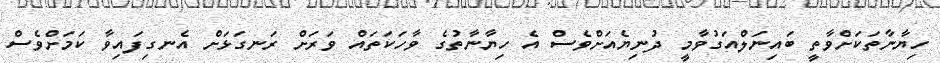
ހިޔާނާތަކަށްވާތީ ބައިނަލްއަގުވާމީ ދުނިޔެއަށްވެސް އެ ހިޔާނާތުގެ ވާހަކަތައް ވަރަށް ރަނގަޅަށް އެނގިފައިވާ ކަމަށްވެސް